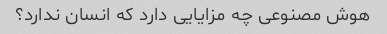
هوش مصنوعی چه مزایایی دارد که انسان ندارد؟